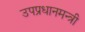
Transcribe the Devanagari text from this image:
उपप्रधानमन्त्री